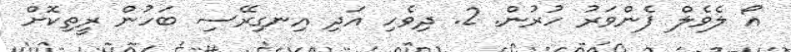
އޯ ލެވެލް ފެންވަރު ހުރުން. 2. ދިވެހި އަދި އިނގިރޭސި ބަހުން ރީތިކޮށް